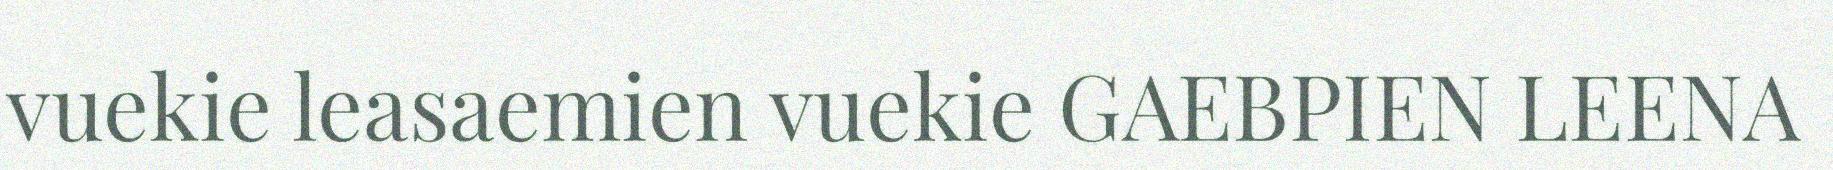
vuekie leasaemien vuekie GAEBPIEN LEENA